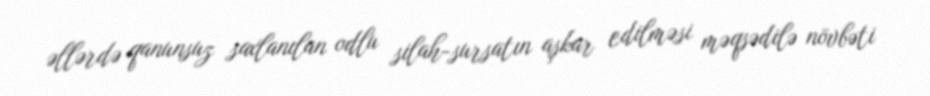
əllərdə qanunsuz saxlanılan odlu silah-sursatın aşkar edilməsi məqsədilə növbəti